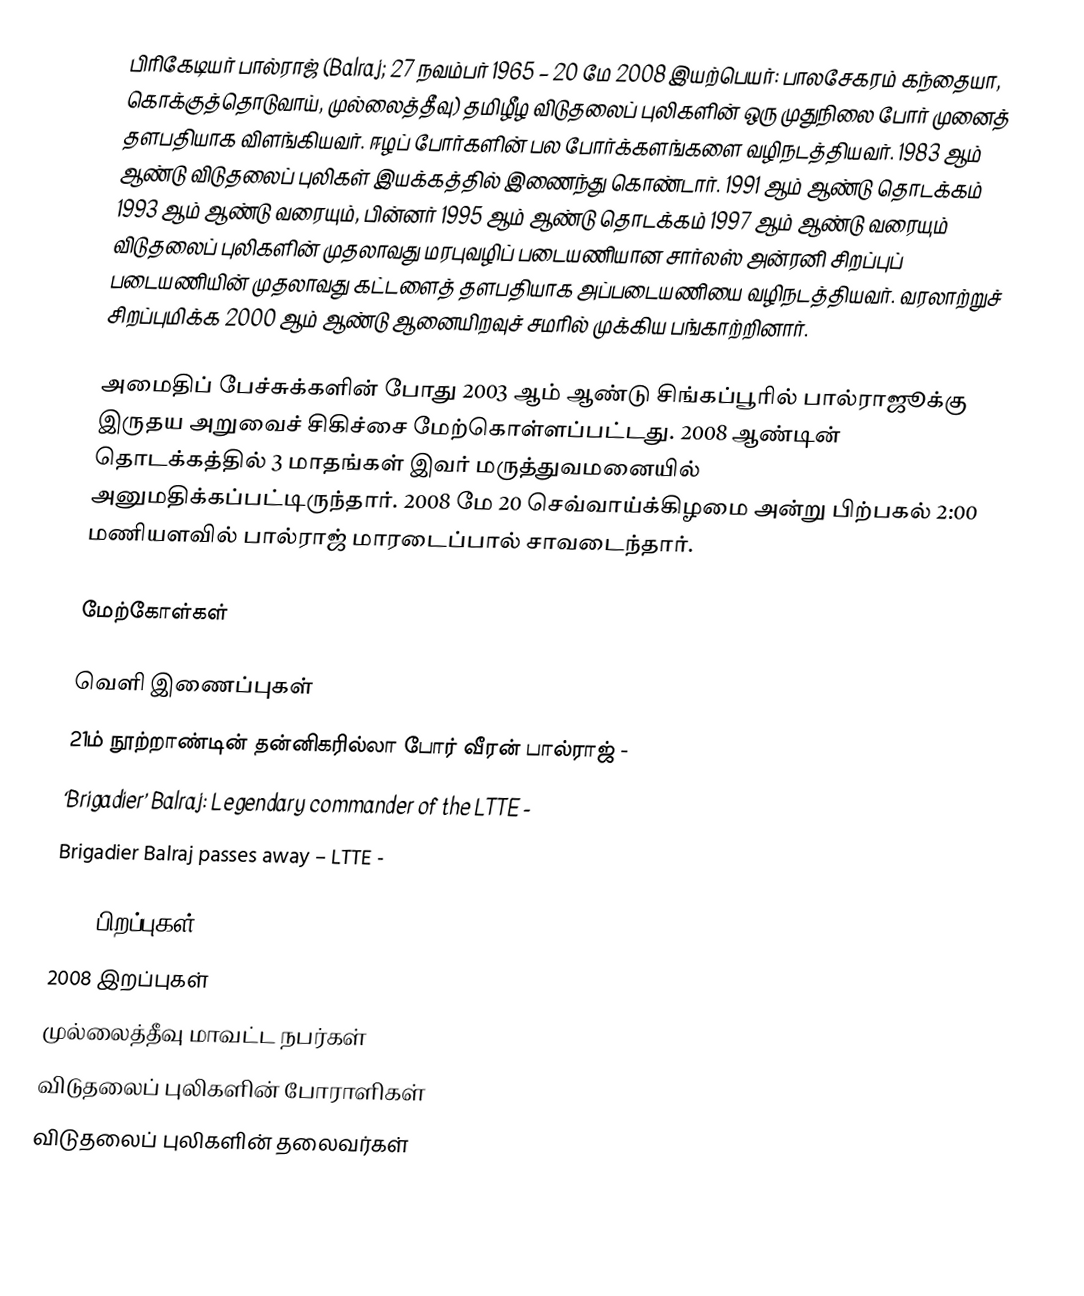
பிரிகேடியர் பால்ராஜ் (Balraj; 27 நவம்பர் 1965 – 20 மே 2008 இயற்பெயர்: பாலசேகரம் கந்தையா, கொக்குத்தொடுவாய், முல்லைத்தீவு) தமிழீழ விடுதலைப் புலிகளின் ஒரு முதுநிலை போர் முனைத் தளபதியாக விளங்கியவர். ஈழப் போர்களின் பல போர்க்களங்களை வழிநடத்தியவர். 1983 ஆம் ஆண்டு விடுதலைப் புலிகள் இயக்கத்தில் இணைந்து கொண்டார். 1991 ஆம் ஆண்டு தொடக்கம் 1993 ஆம் ஆண்டு வரையும், பின்னர் 1995 ஆம் ஆண்டு தொடக்கம் 1997 ஆம் ஆண்டு வரையும் விடுதலைப் புலிகளின் முதலாவது மரபுவழிப் படையணியான சார்லஸ் அன்ரனி சிறப்புப் படையணியின் முதலாவது கட்டளைத் தளபதியாக அப்படையணியை வழிநடத்தியவர். வரலாற்றுச் சிறப்புமிக்க 2000 ஆம் ஆண்டு ஆனையிறவுச் சமரில் முக்கிய பங்காற்றினார்.

அமைதிப் பேச்சுக்களின் போது 2003 ஆம் ஆண்டு சிங்கப்பூரில் பால்ராஜூக்கு இருதய அறுவைச் சிகிச்சை மேற்கொள்ளப்பட்டது. 2008 ஆண்டின் தொடக்கத்தில் 3 மாதங்கள் இவர் மருத்துவமனையில் அனுமதிக்கப்பட்டிருந்தார். 2008 மே 20 செவ்வாய்க்கிழமை அன்று பிற்பகல் 2:00 மணியளவில் பால்ராஜ் மாரடைப்பால் சாவடைந்தார்.

மேற்கோள்கள்

வெளி இணைப்புகள்
 21ம் நூற்றாண்டின் தன்னிகரில்லா போர் வீரன் பால்ராஜ்  -
 ‘Brigadier’ Balraj: Legendary commander of the LTTE  -
 Brigadier Balraj passes away – LTTE -

1965 பிறப்புகள்
2008 இறப்புகள்
முல்லைத்தீவு மாவட்ட நபர்கள்
விடுதலைப் புலிகளின் போராளிகள்
விடுதலைப் புலிகளின் தலைவர்கள்